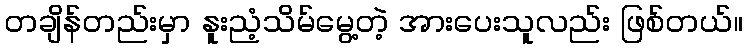
တချိန်တည်းမှာ နူးညံ့သိမ်မွေ့တဲ့ အားပေးသူလည်း ဖြစ်တယ်။